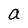
Character: a